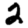
Digit: 2